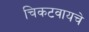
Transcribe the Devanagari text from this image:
चिकटवायचे